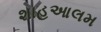
શાહઆલમ